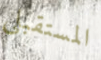
المستقبلي